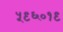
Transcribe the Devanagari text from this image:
५९६०१९